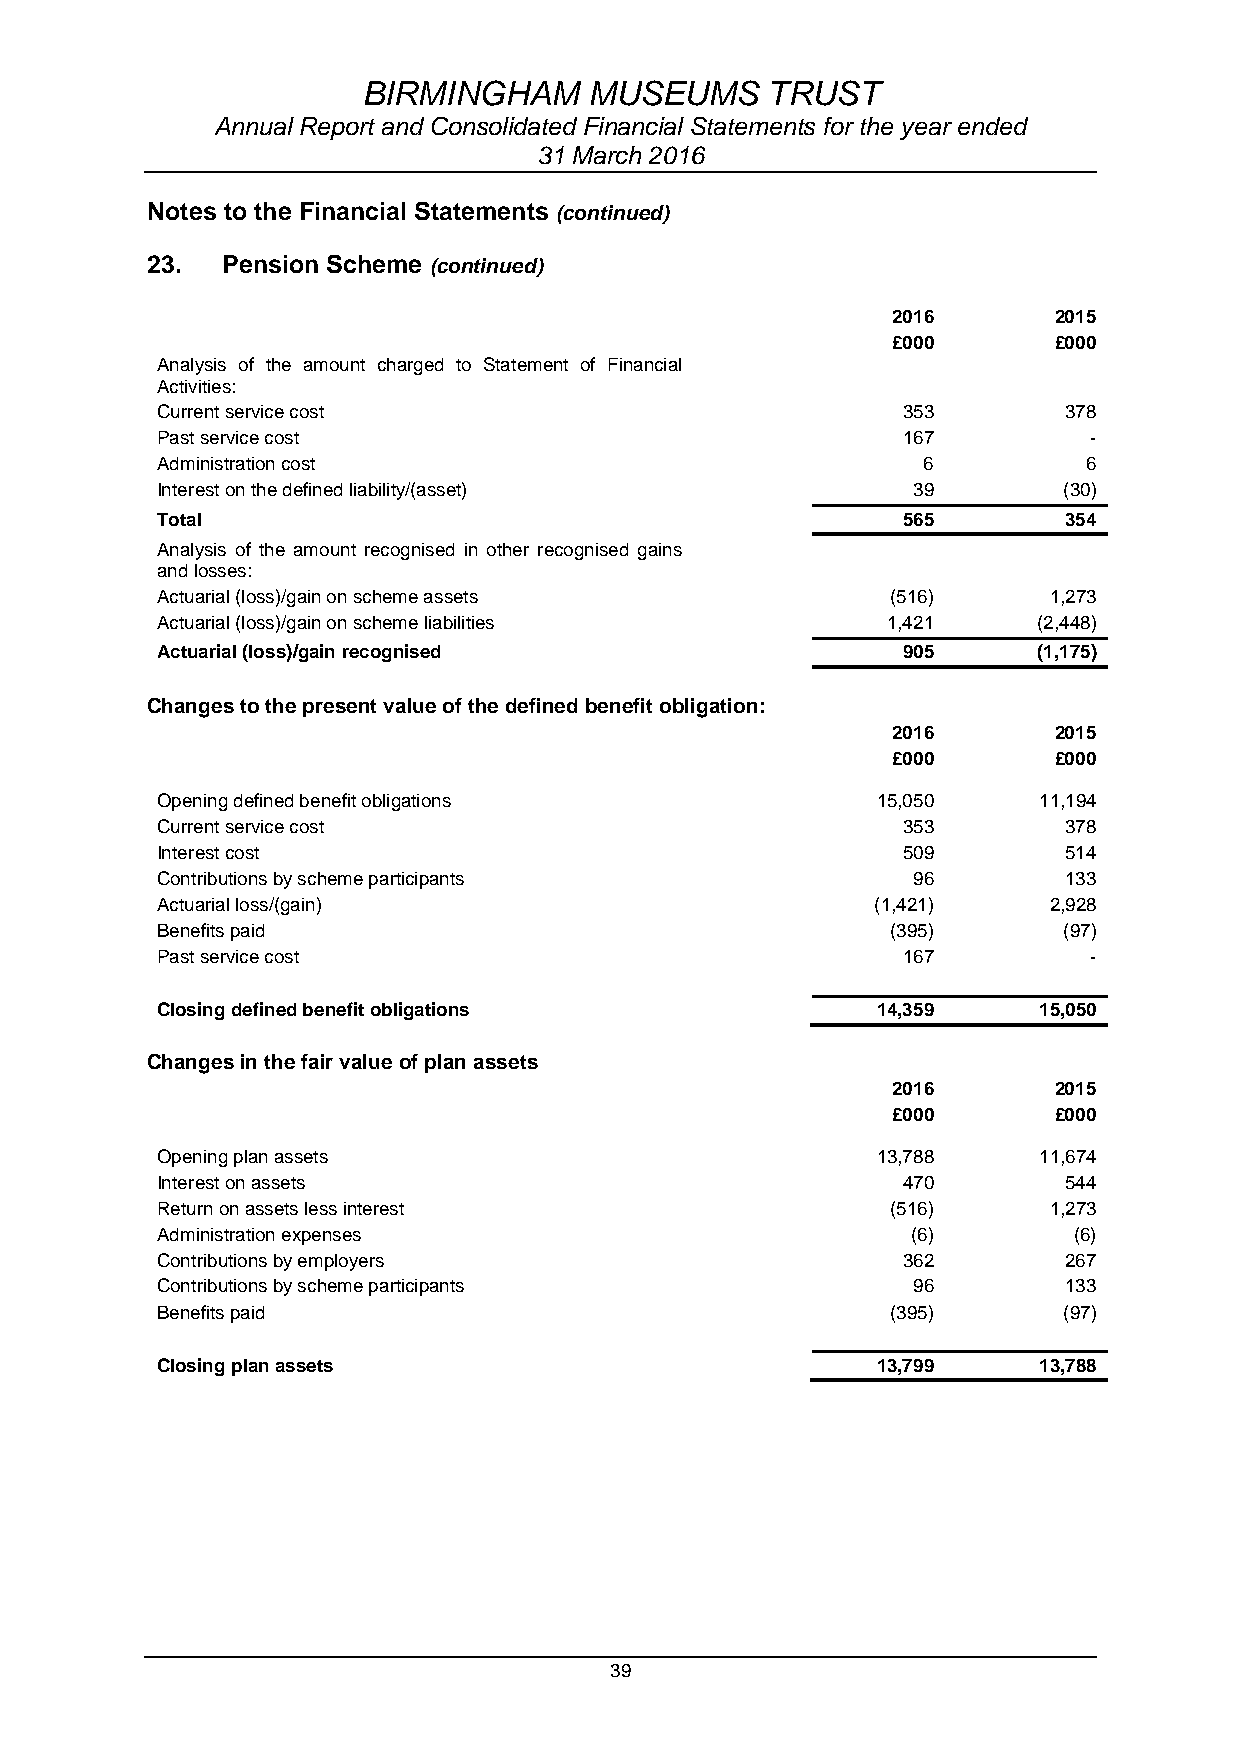
BIRMINGHAM     MUSEUMS     TRUST
 Annual Report and Consolidated Financial Statements for the year ended
 31 March 2016
 Notes to the Financial Statements (continued)
 23.  Pension Scheme (continued)
 2016       2015
 £000       £000
 Analysis of the amount charged to Statement of Financial
 Activities:
 Current service cost                              353       378
 Past service cost                                 167         -
 Administration cost                                6          6
 Interest on the defined liability/(asset)         39        (30)
 Total                                             565       354
 Analysis of the amount recognised in other recognised gains
 and losses:
 Actuarial (loss)/gain on scheme assets           (516)     1,273
 Actuarial (loss)/gain on scheme liabilities      1,421     (2,448)
 Actuarial (loss)/gain recognised                  905      (1,175)
 Changes to the present value of the defined benefit obligation:
 2016       2015
 £000       £000
 Opening defined benefit obligations             15,050     11,194
 Current service cost                              353       378
 Interest cost                                     509       514
 Contributions by scheme participants              96        133
 Actuarial loss/(gain)                           (1,421)    2,928
 Benefits paid                                    (395)      (97)
 Past service cost                                 167         -
 Closing defined benefit obligations             14,359     15,050
 Changes in the fair value of plan assets
 2016       2015
 £000       £000
 Opening plan assets                             13,788     11,674
 Interest on assets                                470       544
 Return on assets less interest                   (516)     1,273
 Administration expenses                           (6)        (6)
 Contributions by employers                        362       267
 Contributions by scheme participants              96        133
 Benefits paid                                    (395)      (97)
 Closing plan assets                             13,799     13,788
 39